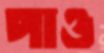
পাও